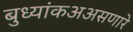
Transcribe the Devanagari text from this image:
बुध्यांकअअसणारे